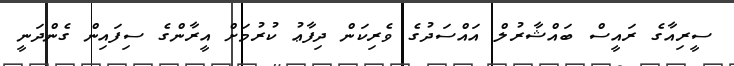
ސީރިއާގެ ރައީސް ބައްޝާރުލް އައްސަދުގެ ވެރިކަން ދިފާޢު ކުރުމަށް އީރާންގެ ސިފައިން ގެންދަނީ